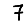
Digit: 7